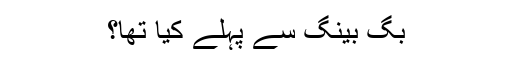
بگ بینگ سے پہلے کیا تھا؟